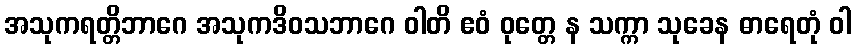
အသုကရတ္တိဘာဂေ အသုကဒိဝသဘာဂေ ဝါတိ ဧဝံ ဝုတ္တေ န သက္ကာ သုခေန ဓာရေတုံ ဝါ